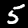
Digit: 5